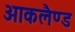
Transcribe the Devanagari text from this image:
आकलैण्ड